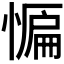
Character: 𭞒